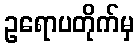
ဥရောပတိုက်မှ